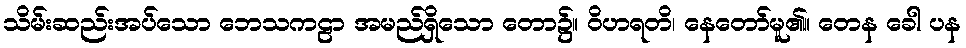
သိမ်းဆည်းအပ်သော ဘေသကဠာ အမည်ရှိသော တော၌။ ဝိဟရတိ၊ နေတော်မူ၏။ တေန ခေါ ပန